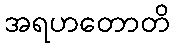
အရဟတောတိ